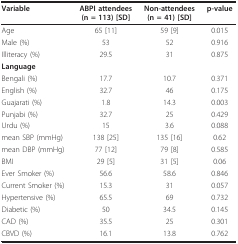
<table><thead><tr><td><b>Variable</b></td><td><b>ABPI attendees(n = 113) [SD]</b></td><td><b>Non-attendees(n = 41) [SD]</b></td><td><b>p-value</b></td></tr></thead><tbody><tr><td>Age</td><td>65 [11] </td><td>59 [9]</td><td>0.015</td></tr><tr><td>Male (%)</td><td>53</td><td>52</td><td>0.916</td></tr><tr><td>Illiteracy (%)</td><td>29.5</td><td>31</td><td>0.875</td></tr><tr><td><b>Language</b></td><td></td><td></td><td></td></tr><tr><td>Bengali (%)</td><td>17.7</td><td>10.7</td><td>0.371</td></tr><tr><td>English (%)</td><td>32.7</td><td>46</td><td>0.175</td></tr><tr><td>Guajarati (%)</td><td>1.8</td><td>14.3</td><td>0.003</td></tr><tr><td>Punjabi (%)</td><td>32.7</td><td>25</td><td>0.429</td></tr><tr><td>Urdu (%)</td><td>15</td><td>3.6</td><td>0.088</td></tr><tr><td>mean SBP (mmHg)</td><td>138 [25]</td><td>135 [16] </td><td>0.62</td></tr><tr><td>mean DBP (mmHg)</td><td>77 [12]</td><td>79 [8]</td><td>0.585</td></tr><tr><td>BMI</td><td>29 [5]</td><td>31 [5]</td><td>0.06</td></tr><tr><td>Ever Smoker (%)</td><td>56.6</td><td>58.6</td><td>0.846</td></tr><tr><td>Current Smoker (%)</td><td>15.3</td><td>31</td><td>0.057</td></tr><tr><td>Hypertensive (%)</td><td>65.5</td><td>69</td><td>0.732</td></tr><tr><td>Diabetic (%)</td><td>50</td><td>34.5</td><td>0.145</td></tr><tr><td>CAD (%)</td><td>35.5</td><td>25</td><td>0.301</td></tr><tr><td>CBVD (%)</td><td>16.1</td><td>13.8</td><td>0.762</td></tr></tbody></table>